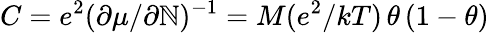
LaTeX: C=e^{2}(\partial\mu/\partial\mathbb{N})^{-1}=M(e^{2}/kT)\, \theta\, (1-\theta)